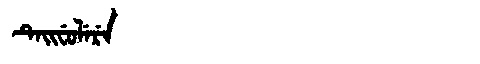
Manchu: ᡨᡝᡳᠸᡠᠯᡝᡵᡝ
Romanization: TEIFULERE